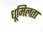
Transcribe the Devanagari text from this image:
धूमिलता